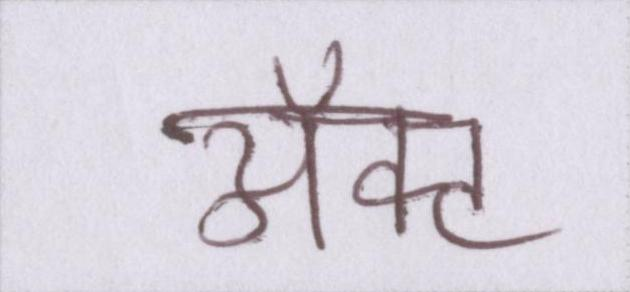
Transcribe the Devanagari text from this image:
ॲक्ट